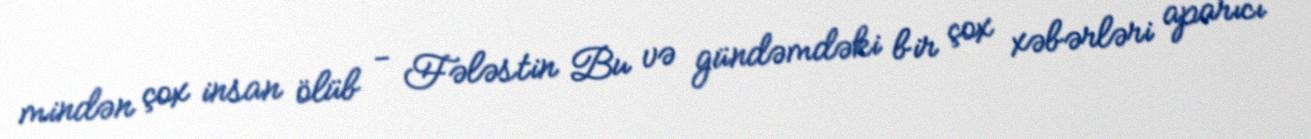
mindən çox insan ölüb - Fələstin Bu və gündəmdəki bir çox xəbərləri aparıcı